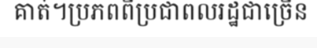
គាត់។ប្រភពពីប្រជាពលរដ្ឋជាច្រើន